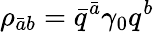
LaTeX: \rho_{\bar{a}b}=\bar{q}^{\bar{a}}\gamma_{0}q^{b}